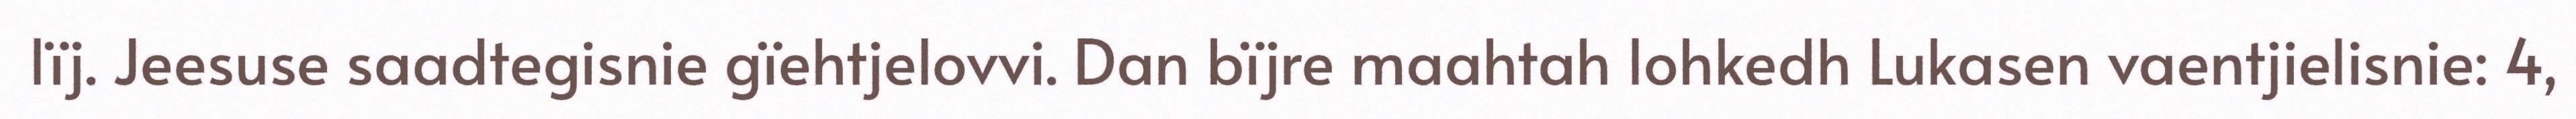
lïj. Jeesuse saadtegisnie gïehtjelovvi. Dan bïjre maahtah lohkedh Lukasen vaentjielisnie: 4,